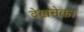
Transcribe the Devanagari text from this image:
देखनेका